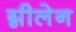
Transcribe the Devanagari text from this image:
ग्नीलेन